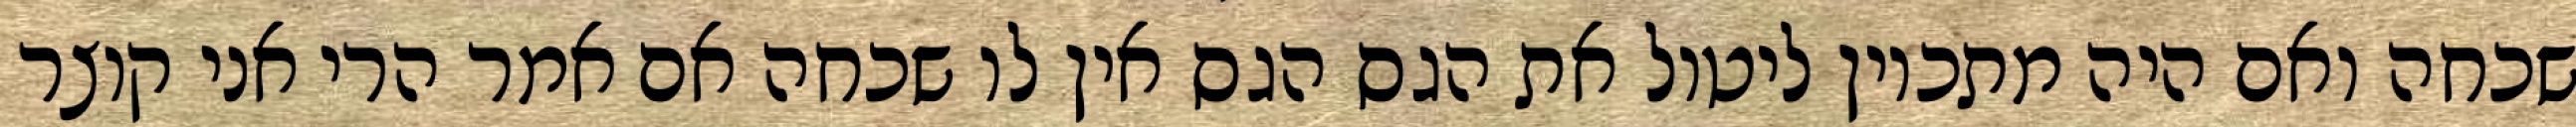
שכחה ואם היה מתכוין ליטול את הגס הגס אין לו שכחה אם אמר הרי אני קוצר